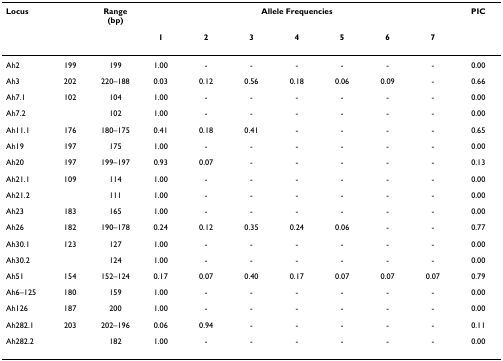
<table><thead><tr><td><b>Locus</b></td><td></td><td><b>Range (bp)</b></td><td colspan="7"><b>Allele Frequencies</b></td><td><b>PIC</b></td></tr><tr><td></td><td></td><td></td><td><b>1</b></td><td><b>2</b></td><td><b>3</b></td><td><b>4</b></td><td><b>5</b></td><td><b>6</b></td><td><b>7</b></td><td></td></tr></thead><tbody><tr><td>Ah2</td><td>199</td><td>199</td><td>1.00</td><td>-</td><td>-</td><td>-</td><td>-</td><td>-</td><td>-</td><td>0.00</td></tr><tr><td>Ah3</td><td>202</td><td>220–188</td><td>0.03</td><td>0.12</td><td>0.56</td><td>0.18</td><td>0.06</td><td>0.09</td><td>-</td><td>0.66</td></tr><tr><td>Ah7.1</td><td>102</td><td>104</td><td>1.00</td><td>-</td><td>-</td><td>-</td><td>-</td><td>-</td><td>-</td><td>0.00</td></tr><tr><td>Ah7.2</td><td></td><td>102</td><td>1.00</td><td>-</td><td>-</td><td>-</td><td>-</td><td>-</td><td>-</td><td>0.00</td></tr><tr><td>Ah11.1</td><td>176</td><td>180–175</td><td>0.41</td><td>0.18</td><td>0.41</td><td>-</td><td>-</td><td>-</td><td>-</td><td>0.65</td></tr><tr><td>Ah19</td><td>197</td><td>175</td><td>1.00</td><td>-</td><td>-</td><td>-</td><td>-</td><td>-</td><td>-</td><td>0.00</td></tr><tr><td>Ah20</td><td>197</td><td>199–197</td><td>0.93</td><td>0.07</td><td>-</td><td>-</td><td>-</td><td>-</td><td>-</td><td>0.13</td></tr><tr><td>Ah21.1</td><td>109</td><td>114</td><td>1.00</td><td>-</td><td>-</td><td>-</td><td>-</td><td>-</td><td>-</td><td>0.00</td></tr><tr><td>Ah21.2</td><td></td><td>111</td><td>1.00</td><td>-</td><td>-</td><td>-</td><td>-</td><td>-</td><td>-</td><td>0.00</td></tr><tr><td>Ah23</td><td>183</td><td>165</td><td>1.00</td><td>-</td><td>-</td><td>-</td><td>-</td><td>-</td><td>-</td><td>0.00</td></tr><tr><td>Ah26</td><td>182</td><td>190–178</td><td>0.24</td><td>0.12</td><td>0.35</td><td>0.24</td><td>0.06</td><td>-</td><td>-</td><td>0.77</td></tr><tr><td>Ah30.1</td><td>123</td><td>127</td><td>1.00</td><td>-</td><td>-</td><td>-</td><td>-</td><td>-</td><td>-</td><td>0.00</td></tr><tr><td>Ah30.2</td><td></td><td>124</td><td>1.00</td><td>-</td><td>-</td><td>-</td><td>-</td><td>-</td><td>-</td><td>0.00</td></tr><tr><td>Ah51</td><td>154</td><td>152–124</td><td>0.17</td><td>0.07</td><td>0.40</td><td>0.17</td><td>0.07</td><td>0.07</td><td>0.07</td><td>0.79</td></tr><tr><td>Ah6–125</td><td>180</td><td>159</td><td>1.00</td><td>-</td><td>-</td><td>-</td><td>-</td><td>-</td><td>-</td><td>0.00</td></tr><tr><td>Ah126</td><td>187</td><td>200</td><td>1.00</td><td>-</td><td>-</td><td>-</td><td>-</td><td>-</td><td>-</td><td>0.00</td></tr><tr><td>Ah282.1</td><td>203</td><td>202–196</td><td>0.06</td><td>0.94</td><td>-</td><td>-</td><td>-</td><td>-</td><td>-</td><td>0.11</td></tr><tr><td>Ah282.2</td><td></td><td>182</td><td>1.00</td><td>-</td><td>-</td><td>-</td><td>-</td><td>-</td><td>-</td><td>0.00</td></tr></tbody></table>